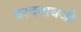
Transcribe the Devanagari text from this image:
वरदनाथजी